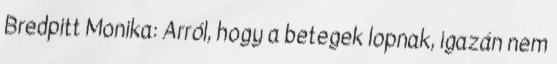
Bredpitt Monika: Arról, hogy a betegek lopnak, igazán nem